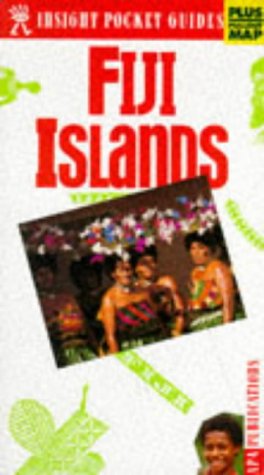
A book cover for Fiji Islands Insight Pocket Guide; Travel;